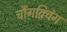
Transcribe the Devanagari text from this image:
चौंगक़्विंग